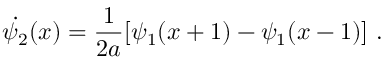
\dot { \psi _ { 2 } } ( x ) = \frac { 1 } { 2 a } [ \psi _ { 1 } ( x + 1 ) - \psi _ { 1 } ( x - 1 ) ] \ .